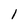
Character: 1